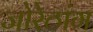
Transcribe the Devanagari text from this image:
जोरेठांग